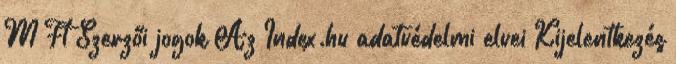
M Ft Szerzői jogok Az Index.hu adatvédelmi elvei Kijelentkezés